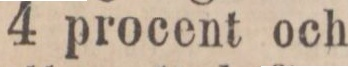
4 procent och